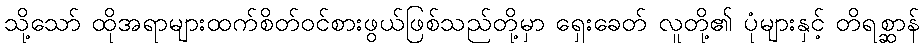
သို့သော် ထိုအရာများထက်စိတ်ဝင်စားဖွယ်ဖြစ်သည်တို့မှာ ရှေးခေတ် လူတို့၏ ပုံများနှင့် တိရစ္ဆာန်